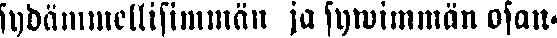
sydämmellisimmän ja sywimmän osan-